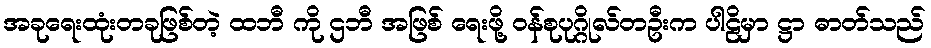
အခုရေးထုံးတခုဖြစ်တဲ့ ထဘီ ကို ဌဘီ အဖြစ် ရေးဖို့ ဝန်စုပုဂ္ဂိုလ်တဦးက ပါဠိမှာ ဋ္ဌာ ဓာတ်သည်